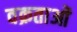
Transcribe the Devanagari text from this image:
वक्रताओं